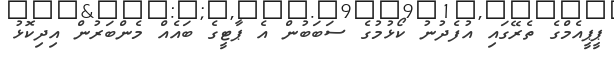
ޕީޕީއެމްގެ ތެރޭގައި އުފެދުނު ކޯޅުމުގެ ސަބަބުން އެ ޕާޓީގެ ބައެއް މެންބަރުން އިދިކޮޅު